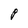
Character: P